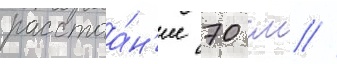
расстоа́н'ие 70 см //